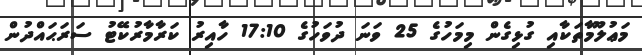
މަޢުލޫމާތަކާއި ގުޅިގެން މިމަހުގެ 25 ވަނަ ދުވަހުގެ 17:10 ހާއިރު ކަރާމާރުކޭޓު ސަރަޙައްދުން